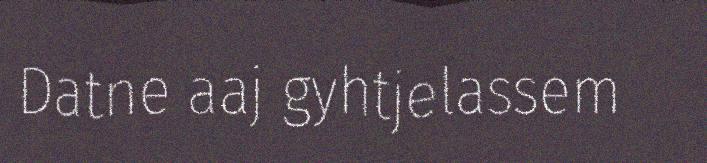
Datne aaj gyhtjelassem